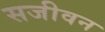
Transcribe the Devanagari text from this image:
सजीवन